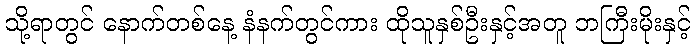
သို့ရာတွင် နောက်တစ်နေ့ နံနက်တွင်ကား ထိုသူနှစ်ဦးနှင့်အတူ ဘကြီးမိုးနှင့်